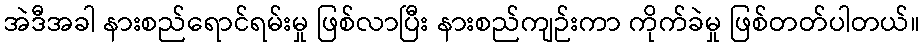
အဲဒီအခါ နားစည်ရောင်ရမ်းမှု ဖြစ်လာပြီး နားစည်ကျဉ်းကာ ကိုက်ခဲမှု ဖြစ်တတ်ပါတယ်။